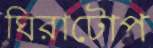
ঘিরাটোপ